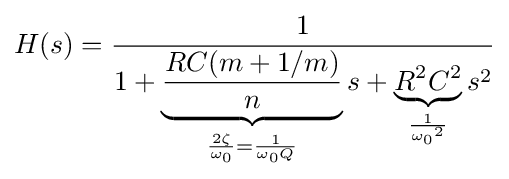
H(s)={\frac {1}{1+\underbrace {\frac {RC(m+1/m)}{n}} _{{\frac {2\zeta }{\omega _{0}}}={\frac {1}{\omega _{0}Q}}}s+\underbrace {R^{2}C^{2}} _{\frac {1}{{\omega _{0}}^{2}}}s^{2}}}